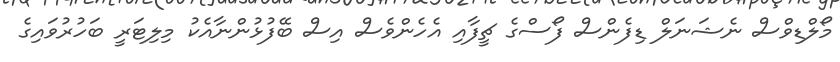
މޯލްޑިވްސް ނެޝަނަލް ޑިފެންސް ފޯސްގެ ޗީފާއި އެހެންވެސް އިސް ބޭފުޅުންނާއެކު މިލިޓަރީ ބަހުރުވައިގެ